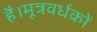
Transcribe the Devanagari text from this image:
है।मूत्रवर्धकों